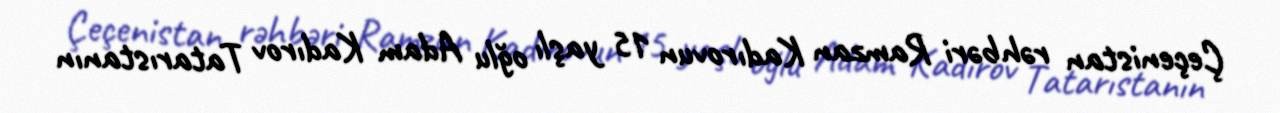
Çeçenistan rəhbəri Ramzan Kadırovun 15 yaşlı oğlu Adam Kadırov Tatarıstanın